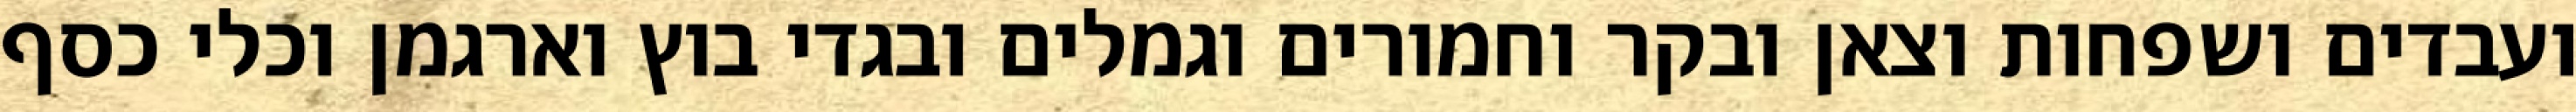
ועבדים ושפחות וצאן ובקר וחמורים וגמלים ובגדי בוץ וארגמן וכלי כסף